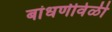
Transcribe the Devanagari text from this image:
बांधणीवेळी